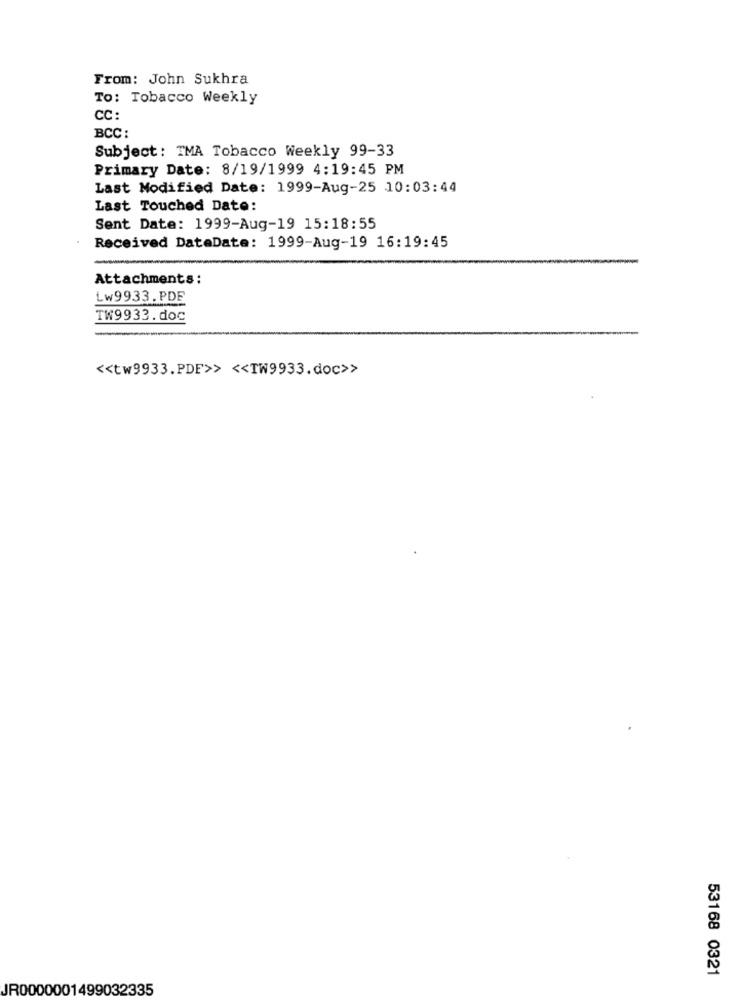
From: John Sukhra
To: Tobacco Weekly
CC:
BCC :
Subject: TMA Tobacco Weekly 99-33
Primary Date: 8/19/1999 4:19:45 PM
Last Modified Date: 1999-Aug-25 10:03:44
Last Touched Date:
Sent Date: 1999-Aug-19 15:18:55
Received DataDate: 1999-Aug-19 16:19:45
Attachments:
Lw9933.PDE
TW9933.doc
<< tw9933.PDF>> << TW9933.doc>>
53168 0321
JR0000001499032335